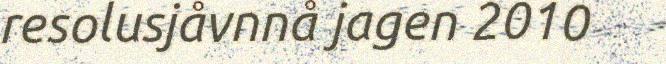
resolusjåvnnå jagen 2010